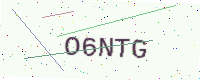
Text: O6NTG